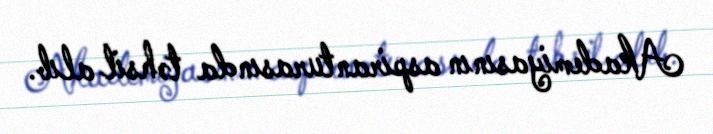
Akademiyasının aspiranturasında təhsil alıb.